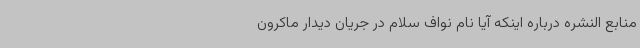
منابع النشره درباره اینکه آیا نام نواف سلام در جریان دیدار ماکرون